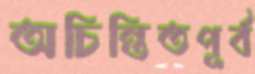
অচিন্তিতপূর্ব